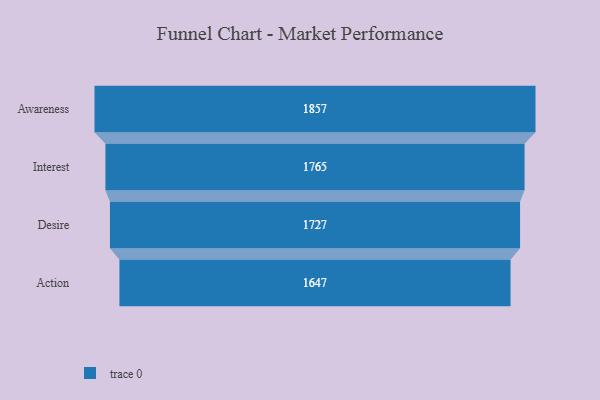
{"axis": {"x": "Stage", "y": "Value"}, "legend": [""], "data": [{"x": "Awareness", "y": 1857.0, "type": ""}, {"x": "Interest", "y": 1765.0, "type": ""}, {"x": "Desire", "y": 1727.0, "type": ""}, {"x": "Action", "y": 1647.0, "type": ""}]}